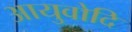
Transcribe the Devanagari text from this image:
आयुवोदि